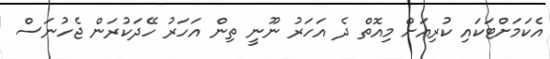
އެކަމަށްޓަކައި ކުރިއަށް މިއޮތް ދެ އަހަރު ނޫނީ ތިން އަހަރު ހޭދަކުރަން ޖެހުނަސް